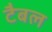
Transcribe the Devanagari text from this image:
टैबल